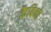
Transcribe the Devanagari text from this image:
कैबिनो